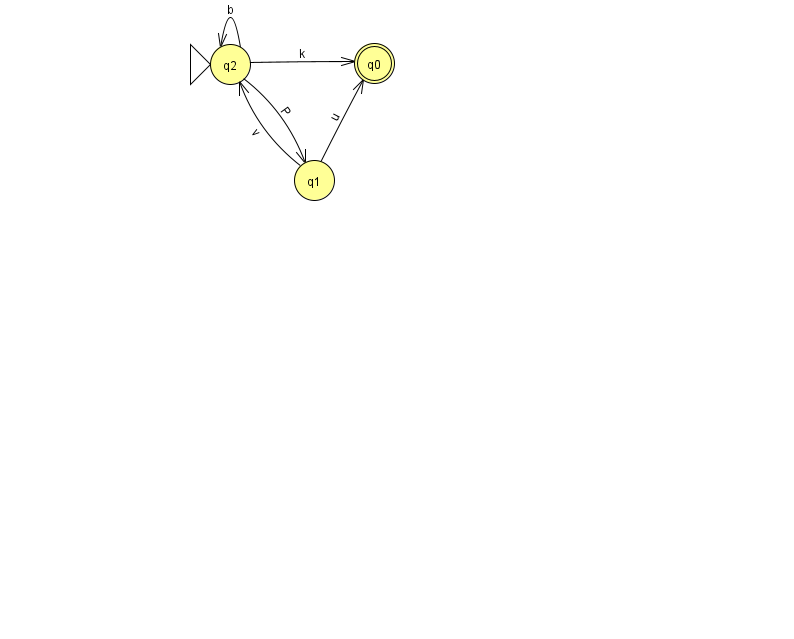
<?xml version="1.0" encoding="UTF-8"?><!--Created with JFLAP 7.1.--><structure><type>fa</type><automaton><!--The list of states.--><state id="0" name="q0"><x>374.0</x><y>50.0</y><final/></state><state id="1" name="q1"><x>314.0</x><y>167.0</y></state><state id="2" name="q2"><x>230.0</x><y>51.0</y><initial/></state><!--The list of transitions.--><transition><from>2</from><to>1</to><read>P</read></transition><transition><from>1</from><to>0</to><read>u</read></transition><transition><from>2</from><to>2</to><read>b</read></transition><transition><from>1</from><to>2</to><read>v</read></transition><transition><from>2</from><to>0</to><read>k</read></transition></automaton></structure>